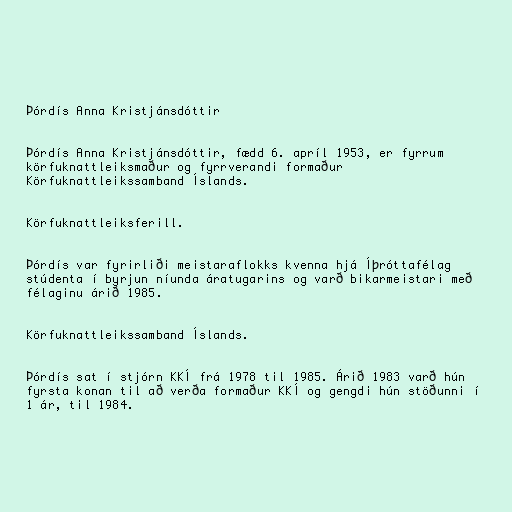
Þórdís Anna Kristjánsdóttir

Þórdís Anna Kristjánsdóttir, fædd 6. apríl 1953, er fyrrum
körfuknattleiksmaður og fyrrverandi formaður
Körfuknattleikssamband Íslands.

Körfuknattleiksferill.

Þórdís var fyrirliði meistaraflokks kvenna hjá Íþróttafélag
stúdenta í byrjun níunda áratugarins og varð bikarmeistari með
félaginu árið 1985.

Körfuknattleikssamband Íslands.

Þórdís sat í stjórn KKÍ frá 1978 til 1985. Árið 1983 varð hún
fyrsta konan til að verða formaður KKÍ og gengdi hún stöðunni í
1 ár, til 1984.